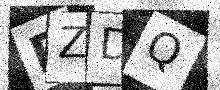
Text: RZDQ